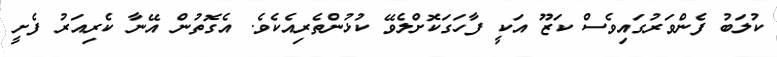
ކުލަބު ފެންވަރުގައިވެސް ކަޒޫ އަކީ ފާހަގަކޮށްލެވޭ ކުޅުންތެރިއެކެވެ. އެގޮތުން އޭނާ ކެރިއަރު ފެށީ